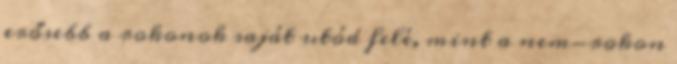
erősebb a rokonok saját utód felé, mint a nem-rokon